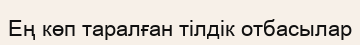
Ең көп таралған тілдік отбасылар